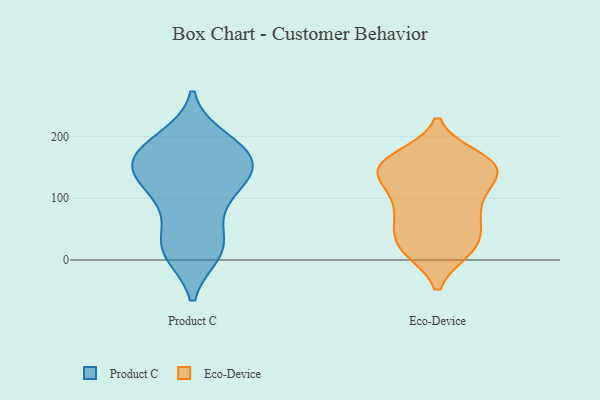
{"axis": {"x": "Page Views", "y": "Value"}, "legend": ["Eco-Device", "Product C"], "data": [{"x": "", "y": 138, "type": "Product C"}, {"x": "", "y": 196, "type": "Product C"}, {"x": "", "y": 18, "type": "Product C"}, {"x": "", "y": 167, "type": "Product C"}, {"x": "", "y": 186, "type": "Product C"}, {"x": "", "y": 77, "type": "Product C"}, {"x": "", "y": 11, "type": "Product C"}, {"x": "", "y": 126, "type": "Product C"}, {"x": "", "y": 20, "type": "Product C"}, {"x": "", "y": 41, "type": "Product C"}, {"x": "", "y": 163, "type": "Product C"}, {"x": "", "y": 144, "type": "Product C"}, {"x": "", "y": 110, "type": "Product C"}, {"x": "", "y": 142, "type": "Product C"}, {"x": "", "y": 12, "type": "Product C"}, {"x": "", "y": 190, "type": "Product C"}, {"x": "", "y": 162, "type": "Product C"}, {"x": "", "y": 164, "type": "Product C"}, {"x": "", "y": 106, "type": "Product C"}, {"x": "", "y": 154, "type": "Eco-Device"}, {"x": "", "y": 63, "type": "Eco-Device"}, {"x": "", "y": 20, "type": "Eco-Device"}, {"x": "", "y": 148, "type": "Eco-Device"}, {"x": "", "y": 23, "type": "Eco-Device"}, {"x": "", "y": 76, "type": "Eco-Device"}, {"x": "", "y": 40, "type": "Eco-Device"}, {"x": "", "y": 164, "type": "Eco-Device"}, {"x": "", "y": 155, "type": "Eco-Device"}, {"x": "", "y": 148, "type": "Eco-Device"}, {"x": "", "y": 148, "type": "Eco-Device"}, {"x": "", "y": 147, "type": "Eco-Device"}, {"x": "", "y": 116, "type": "Eco-Device"}, {"x": "", "y": 17, "type": "Eco-Device"}, {"x": "", "y": 150, "type": "Eco-Device"}, {"x": "", "y": 96, "type": "Eco-Device"}, {"x": "", "y": 17, "type": "Eco-Device"}, {"x": "", "y": 66, "type": "Eco-Device"}, {"x": "", "y": 105, "type": "Eco-Device"}]}